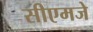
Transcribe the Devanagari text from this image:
सीएमजे